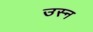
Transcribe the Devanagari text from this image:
उस्न